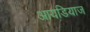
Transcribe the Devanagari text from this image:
आयडियाज